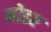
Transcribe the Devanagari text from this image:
नोडर